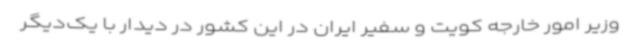
وزیر امور خارجه کویت و سفیر ایران در این کشور در دیدار با یک‌دیگر